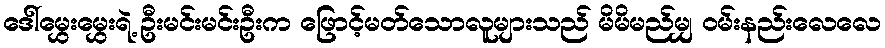
ဒေါ်မွှေးမွှေးရဲ့ ဦးမင်းမင်းဦးက ဖြောင့်မတ်သောလူများသည် မိမိမည်မျှ ဝမ်းနည်းလေလေ